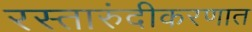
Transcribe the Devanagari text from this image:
रस्तारुंदीकरणात